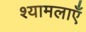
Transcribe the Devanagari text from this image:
श्यामलाएँ